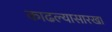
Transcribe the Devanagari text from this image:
काढल्यासारखा